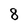
Character: 8